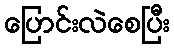
ပြောင်းလဲစေပြီး